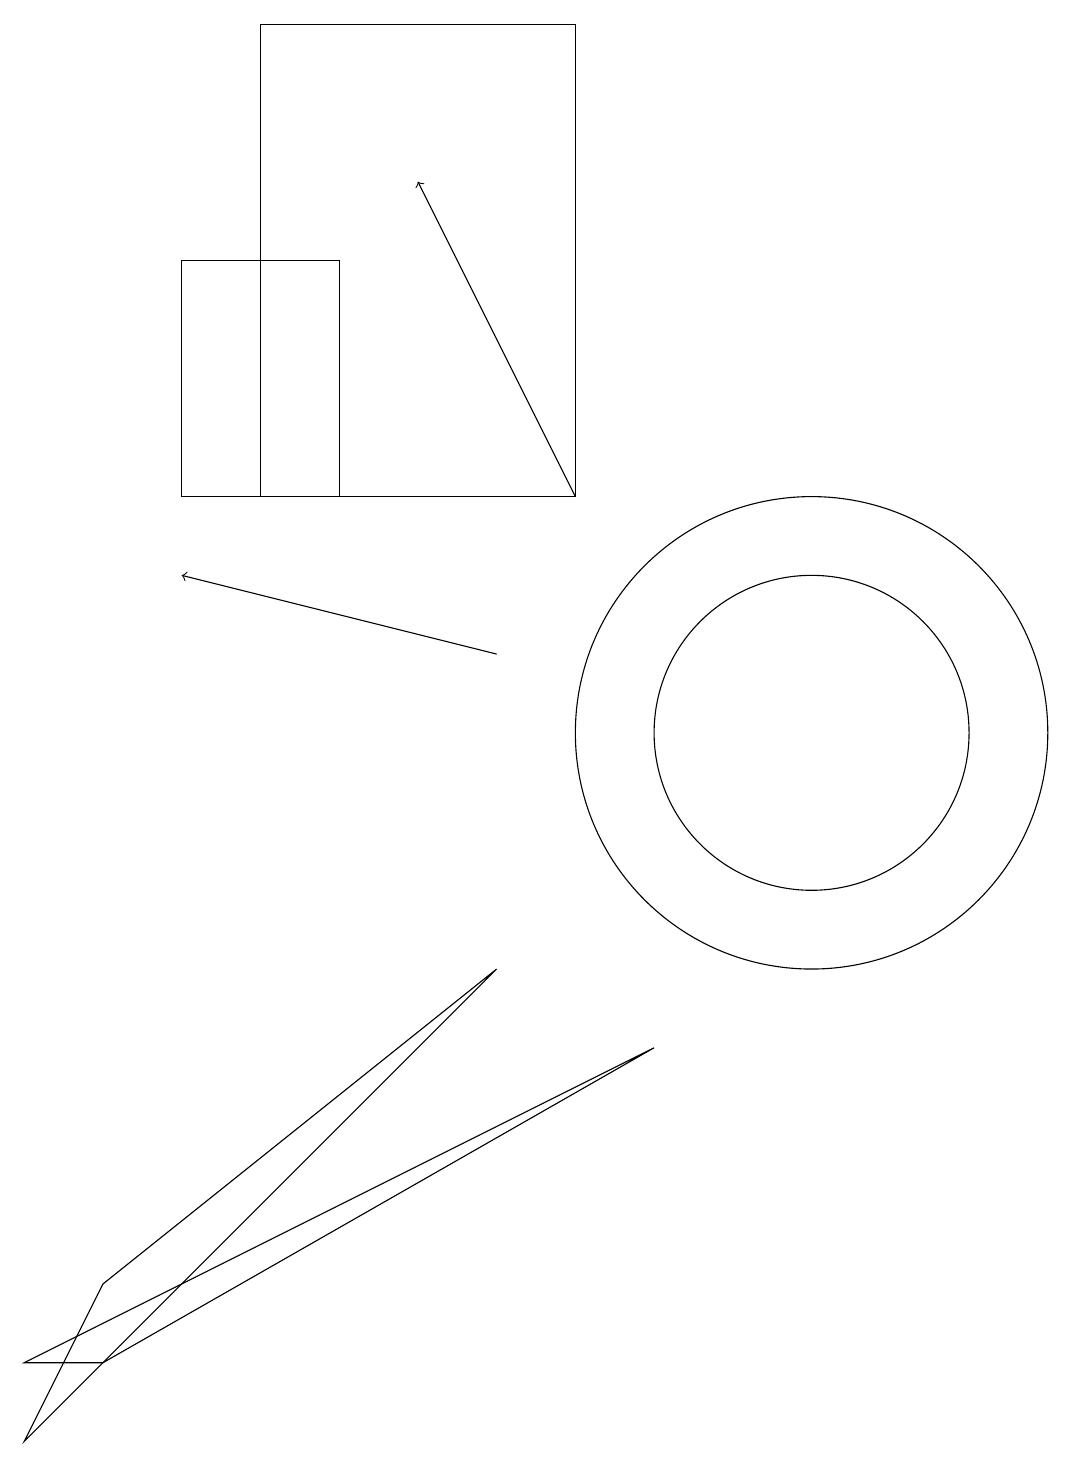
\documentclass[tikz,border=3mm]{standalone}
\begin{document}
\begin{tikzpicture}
\draw[->] (7,11) -- (3,12);
\draw (2,2) -- (1,2) -- (9,6) -- cycle;
\draw (11,10) circle (3);
\draw (3,16) rectangle (5,13);
\draw[->] (8,13) -- (6,17);
\draw (8,13) rectangle (4,19);
\draw (11,10) circle (2);
\draw (7,7) -- (1,1) -- (2,3) -- cycle;
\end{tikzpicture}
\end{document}